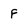
Character: F